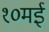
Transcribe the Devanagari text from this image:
१०मई